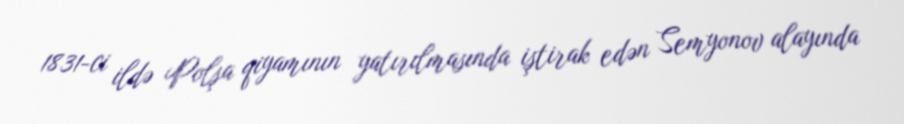
1831-ci ildə Polşa qiyamının yatırılmasında iştirak edən Semyonov alayında